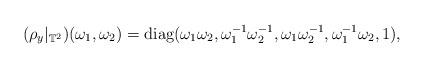
LaTeX: \begin{align*} (\rho_y|_{\mathbb{T}^2})(\omega_1,\omega_2) = \textrm{diag}(\omega_1\omega_2, \omega_1^{-1}\omega_2^{-1}, \omega_1\omega_2^{-1}, \omega_1^{-1}\omega_2,1),\end{align*}